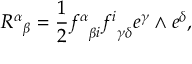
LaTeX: { { \, R ^ { \alpha } } } _ { \beta } = { \frac { 1 } { 2 } } { f ^ { \alpha } } _ { \beta i } { f ^ { i } } _ { \gamma \delta } e ^ { \gamma } \wedge e ^ { \delta } ,